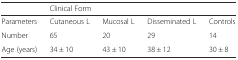
<table><thead><tr><td></td><td colspan="4"><b>Clinical Form</b></td></tr></thead><tbody><tr><td>Parameters</td><td>Cutaneous L</td><td>Mucosal L</td><td>Disseminated L</td><td>Controls</td></tr><tr><td>Number</td><td>65</td><td>20</td><td>29</td><td>14</td></tr><tr><td>Age (years)</td><td>34 ± 10</td><td>43 ± 10</td><td>38 ± 12</td><td>30 ± 8</td></tr></tbody></table>